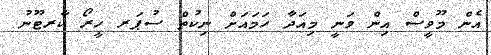
އެން މޫވީސް އިން ވަނީ މިއަދާ ހަމައަށް ނިކުތް ސުޕަރ ހީރޯ ކާރޓޫނު